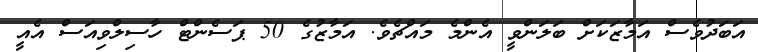
އަބަދުވެސް އަމާޒަކަށް ބަލަންވީ އެންމެ މައްޗެވެ. އަމާޒުގެ 50 ޕަސެންޓް ހާސިލްވިއަސް އެއީ